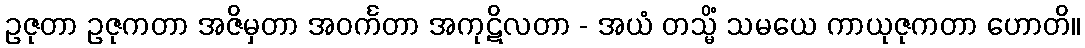
ဥဇုတာ ဥဇုကတာ အဇိမှတာ အဝင်္ကတာ အကုဋိလတာ - အယံ တသ္မိံ သမယေ ကာယုဇုကတာ ဟောတိ။